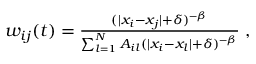
\begin{array} { r } { w _ { i j } ( t ) = \frac { ( | x _ { i } - x _ { j } | + \delta ) ^ { - \beta } } { \sum _ { l = 1 } ^ { N } A _ { i l } ( | x _ { i } - x _ { l } | + \delta ) ^ { - \beta } } \; , } \end{array}